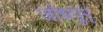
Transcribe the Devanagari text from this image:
जोधपुर्